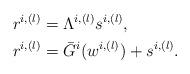
LaTeX: \begin{align*}r^{i,(l)}_{}& = \Lambda^{i,(l)}s^{i,(l)},\\ r^{i,(l)}_{} &= \bar{G}^i(w^{i,(l)})+s^{i,(l)}.\end{align*}